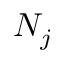
N _ { j }